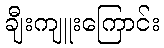
ချီးကျူးကြောင်း